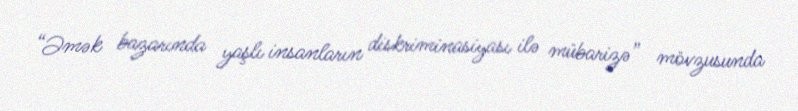
“Əmək bazarında yaşlı insanların diskriminasiyası ilə mübarizə” mövzusunda